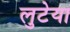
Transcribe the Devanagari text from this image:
लुटेया